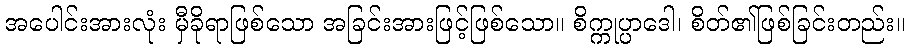
အပေါင်းအားလုံး မှီခိုရာဖြစ်သော အခြင်းအားဖြင့်ဖြစ်သော။ စိက္ကုပ္ပာဒေါ၊ စိတ်၏ဖြစ်ခြင်းတည်း။